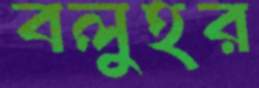
বলুহর